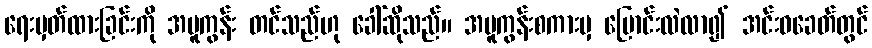
ရေးမှတ်ထားခြင်းကို အမူကွန်း တင်သည်ဟု ခေါ်ဆိုသည်။ အမူကွန်းစကားမှ ပြောင်းလဲလာ၍ အင်းဝခေတ်တွင်